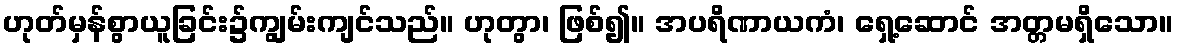
ဟုတ်မှန်စွာယူခြင်း၌ကျွမ်းကျင်သည်။ ဟုတွာ၊ ဖြစ်၍။ အပရိဏာယကံ၊ ရှေ့ဆောင် အတ္တမရှိသော။